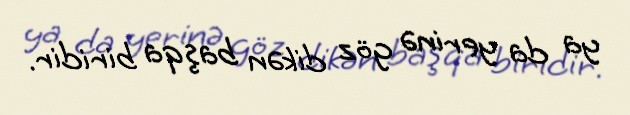
ya da yerinə göz dikən başqa biridir.